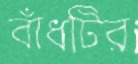
বাঁধটির